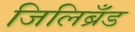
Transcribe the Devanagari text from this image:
जिलिब्रँड